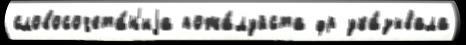
словосочета́н'иjа пожа́луйста фр ука́зывала